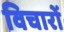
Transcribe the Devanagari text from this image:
विचारों